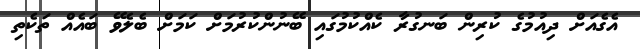
އެގެއަށް ދިއުމުގެ ކުރިން ބަނގުރާ ކެއްކުމުގައި ބޭނުންކުރުމަށް ކަމަށް ބެލެވޭ ބައެއް ތަކެތި